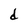
Character: d